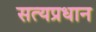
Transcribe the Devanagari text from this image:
सत्यप्रधान